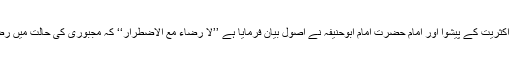
پاکستانی مسلمانوں کی غالب اکثریت کے پیشوا اور امام حضرت امام ابوحنیفہؒ نے اصول بیان فرمایا ہے ’’لا رضاء مع الاضطرار‘‘ کہ مجبوری کی حالت میں رضامندی کا کوئی اعتبار نہیں۔